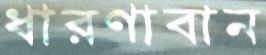
ধারণাবান